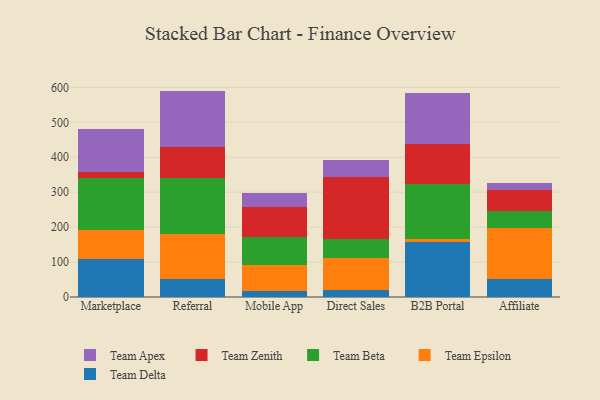
{"axis": {"x": "Channel", "y": "Headcount"}, "legend": ["Team Apex", "Team Beta", "Team Delta", "Team Epsilon", "Team Zenith"], "data": [{"x": "Marketplace", "y": 109.4, "type": "Team Delta"}, {"x": "Marketplace", "y": 81.5, "type": "Team Epsilon"}, {"x": "Marketplace", "y": 150.6, "type": "Team Beta"}, {"x": "Marketplace", "y": 17.4, "type": "Team Zenith"}, {"x": "Marketplace", "y": 121.6, "type": "Team Apex"}, {"x": "Referral", "y": 52.6, "type": "Team Delta"}, {"x": "Referral", "y": 128.3, "type": "Team Epsilon"}, {"x": "Referral", "y": 159.9, "type": "Team Beta"}, {"x": "Referral", "y": 88.2, "type": "Team Zenith"}, {"x": "Referral", "y": 161.0, "type": "Team Apex"}, {"x": "Mobile App", "y": 17.0, "type": "Team Delta"}, {"x": "Mobile App", "y": 73.3, "type": "Team Epsilon"}, {"x": "Mobile App", "y": 81.0, "type": "Team Beta"}, {"x": "Mobile App", "y": 85.5, "type": "Team Zenith"}, {"x": "Mobile App", "y": 40.5, "type": "Team Apex"}, {"x": "Direct Sales", "y": 21.4, "type": "Team Delta"}, {"x": "Direct Sales", "y": 89.0, "type": "Team Epsilon"}, {"x": "Direct Sales", "y": 56.4, "type": "Team Beta"}, {"x": "Direct Sales", "y": 176.1, "type": "Team Zenith"}, {"x": "Direct Sales", "y": 50.5, "type": "Team Apex"}, {"x": "B2B Portal", "y": 158.2, "type": "Team Delta"}, {"x": "B2B Portal", "y": 8.8, "type": "Team Epsilon"}, {"x": "B2B Portal", "y": 156.2, "type": "Team Beta"}, {"x": "B2B Portal", "y": 115.5, "type": "Team Zenith"}, {"x": "B2B Portal", "y": 146.2, "type": "Team Apex"}, {"x": "Affiliate", "y": 50.1, "type": "Team Delta"}, {"x": "Affiliate", "y": 146.7, "type": "Team Epsilon"}, {"x": "Affiliate", "y": 49.9, "type": "Team Beta"}, {"x": "Affiliate", "y": 58.5, "type": "Team Zenith"}, {"x": "Affiliate", "y": 21.7, "type": "Team Apex"}]}